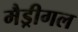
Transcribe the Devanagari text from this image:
मैड्रीगल